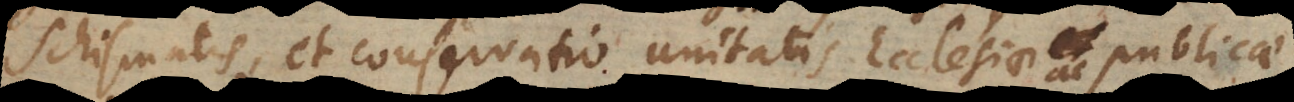
schismatis, et conservatio unitatis Ecclesiae ac publicae